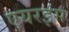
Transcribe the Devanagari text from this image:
एयरइंस